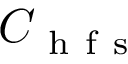
C _ { \mathrm { ~ h ~ f ~ s ~ } }